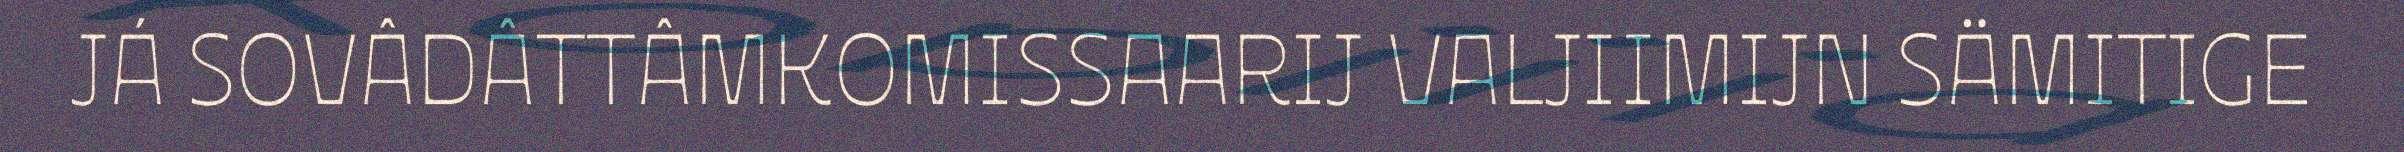
JÁ SOVÂDÂTTÂMKOMISSAARIJ VALJIIMIJN SÄMITIGE